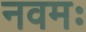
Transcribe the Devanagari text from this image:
नवमः